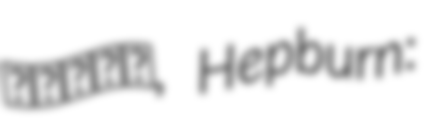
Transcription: あさドラ！, Hepburn: